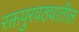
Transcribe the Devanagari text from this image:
रक्तपुरवठ्यातील